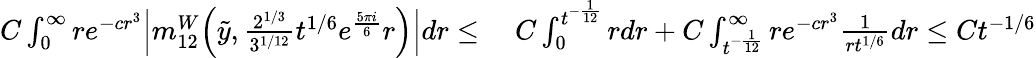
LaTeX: \begin{array}{rl}{C\int_{0}^{\infty}re^{-cr^{3}}\Big|m_{12}^{W}\Big(\tilde{y},\frac{2^{1/3}}{3^{1/12}}t^{1/6}e^{\frac{5\pi i}{6}}r\Big)\Big|dr\leq}&{\; C\int_{0}^{t^{-\frac{1}{12}}}rdr+C\int_{t^{-\frac{1}{12}}}^{\infty}re^{-cr^{3}}\frac{1}{rt^{1/6}}dr\leq Ct^{-1/6}}\end{array}